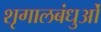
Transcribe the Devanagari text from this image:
शृगालबंधुओं